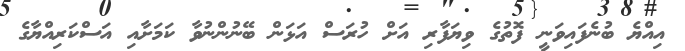
އިއްޔެ ބުނެފައިވަނީ ފޮތުގެ ވިޔަފާރި އަށް ހުރަސް އަޅަން ބޭނުންނުވާ ކަމަށާއި އަސްކަރިއްޔާގެ